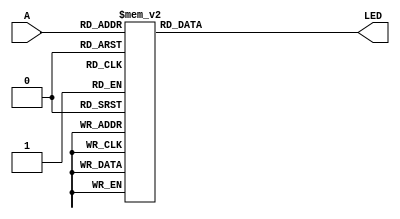
module DCD7SG (A,LED);
	input [3:0] A;
	output [6:0] LED;
	reg [6:0] LED;
	always @(A)
	case(A)
	4'B0000 : LED <= 7'B0111111;
	4'B0001 : LED <= 7'B0000110;
	4'B0010 : LED <= 7'B1011011;
	4'B0011 : LED <= 7'B1001111;
	4'B0100 : LED <= 7'B1100110;
	4'B0101 : LED <= 7'B1101101;
	4'B0110 : LED <= 7'B1111101;
	4'B0111 : LED <= 7'B0000111;
	4'B1000 : LED <= 7'B1111111;
	4'B1001 : LED <= 7'B1101111;
	4'B1010 : LED <= 7'B1110111;
	4'B1011 : LED <= 7'B1111100;
	4'B1100 : LED <= 7'B0111001;
	4'B1101 : LED <= 7'B1011110;
	4'B1110 : LED <= 7'B1111001;
	4'B1111 : LED <= 7'B1110001;
	default : LED <= 7'B1110001;
	endcase
endmodule